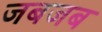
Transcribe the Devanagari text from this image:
जबजब